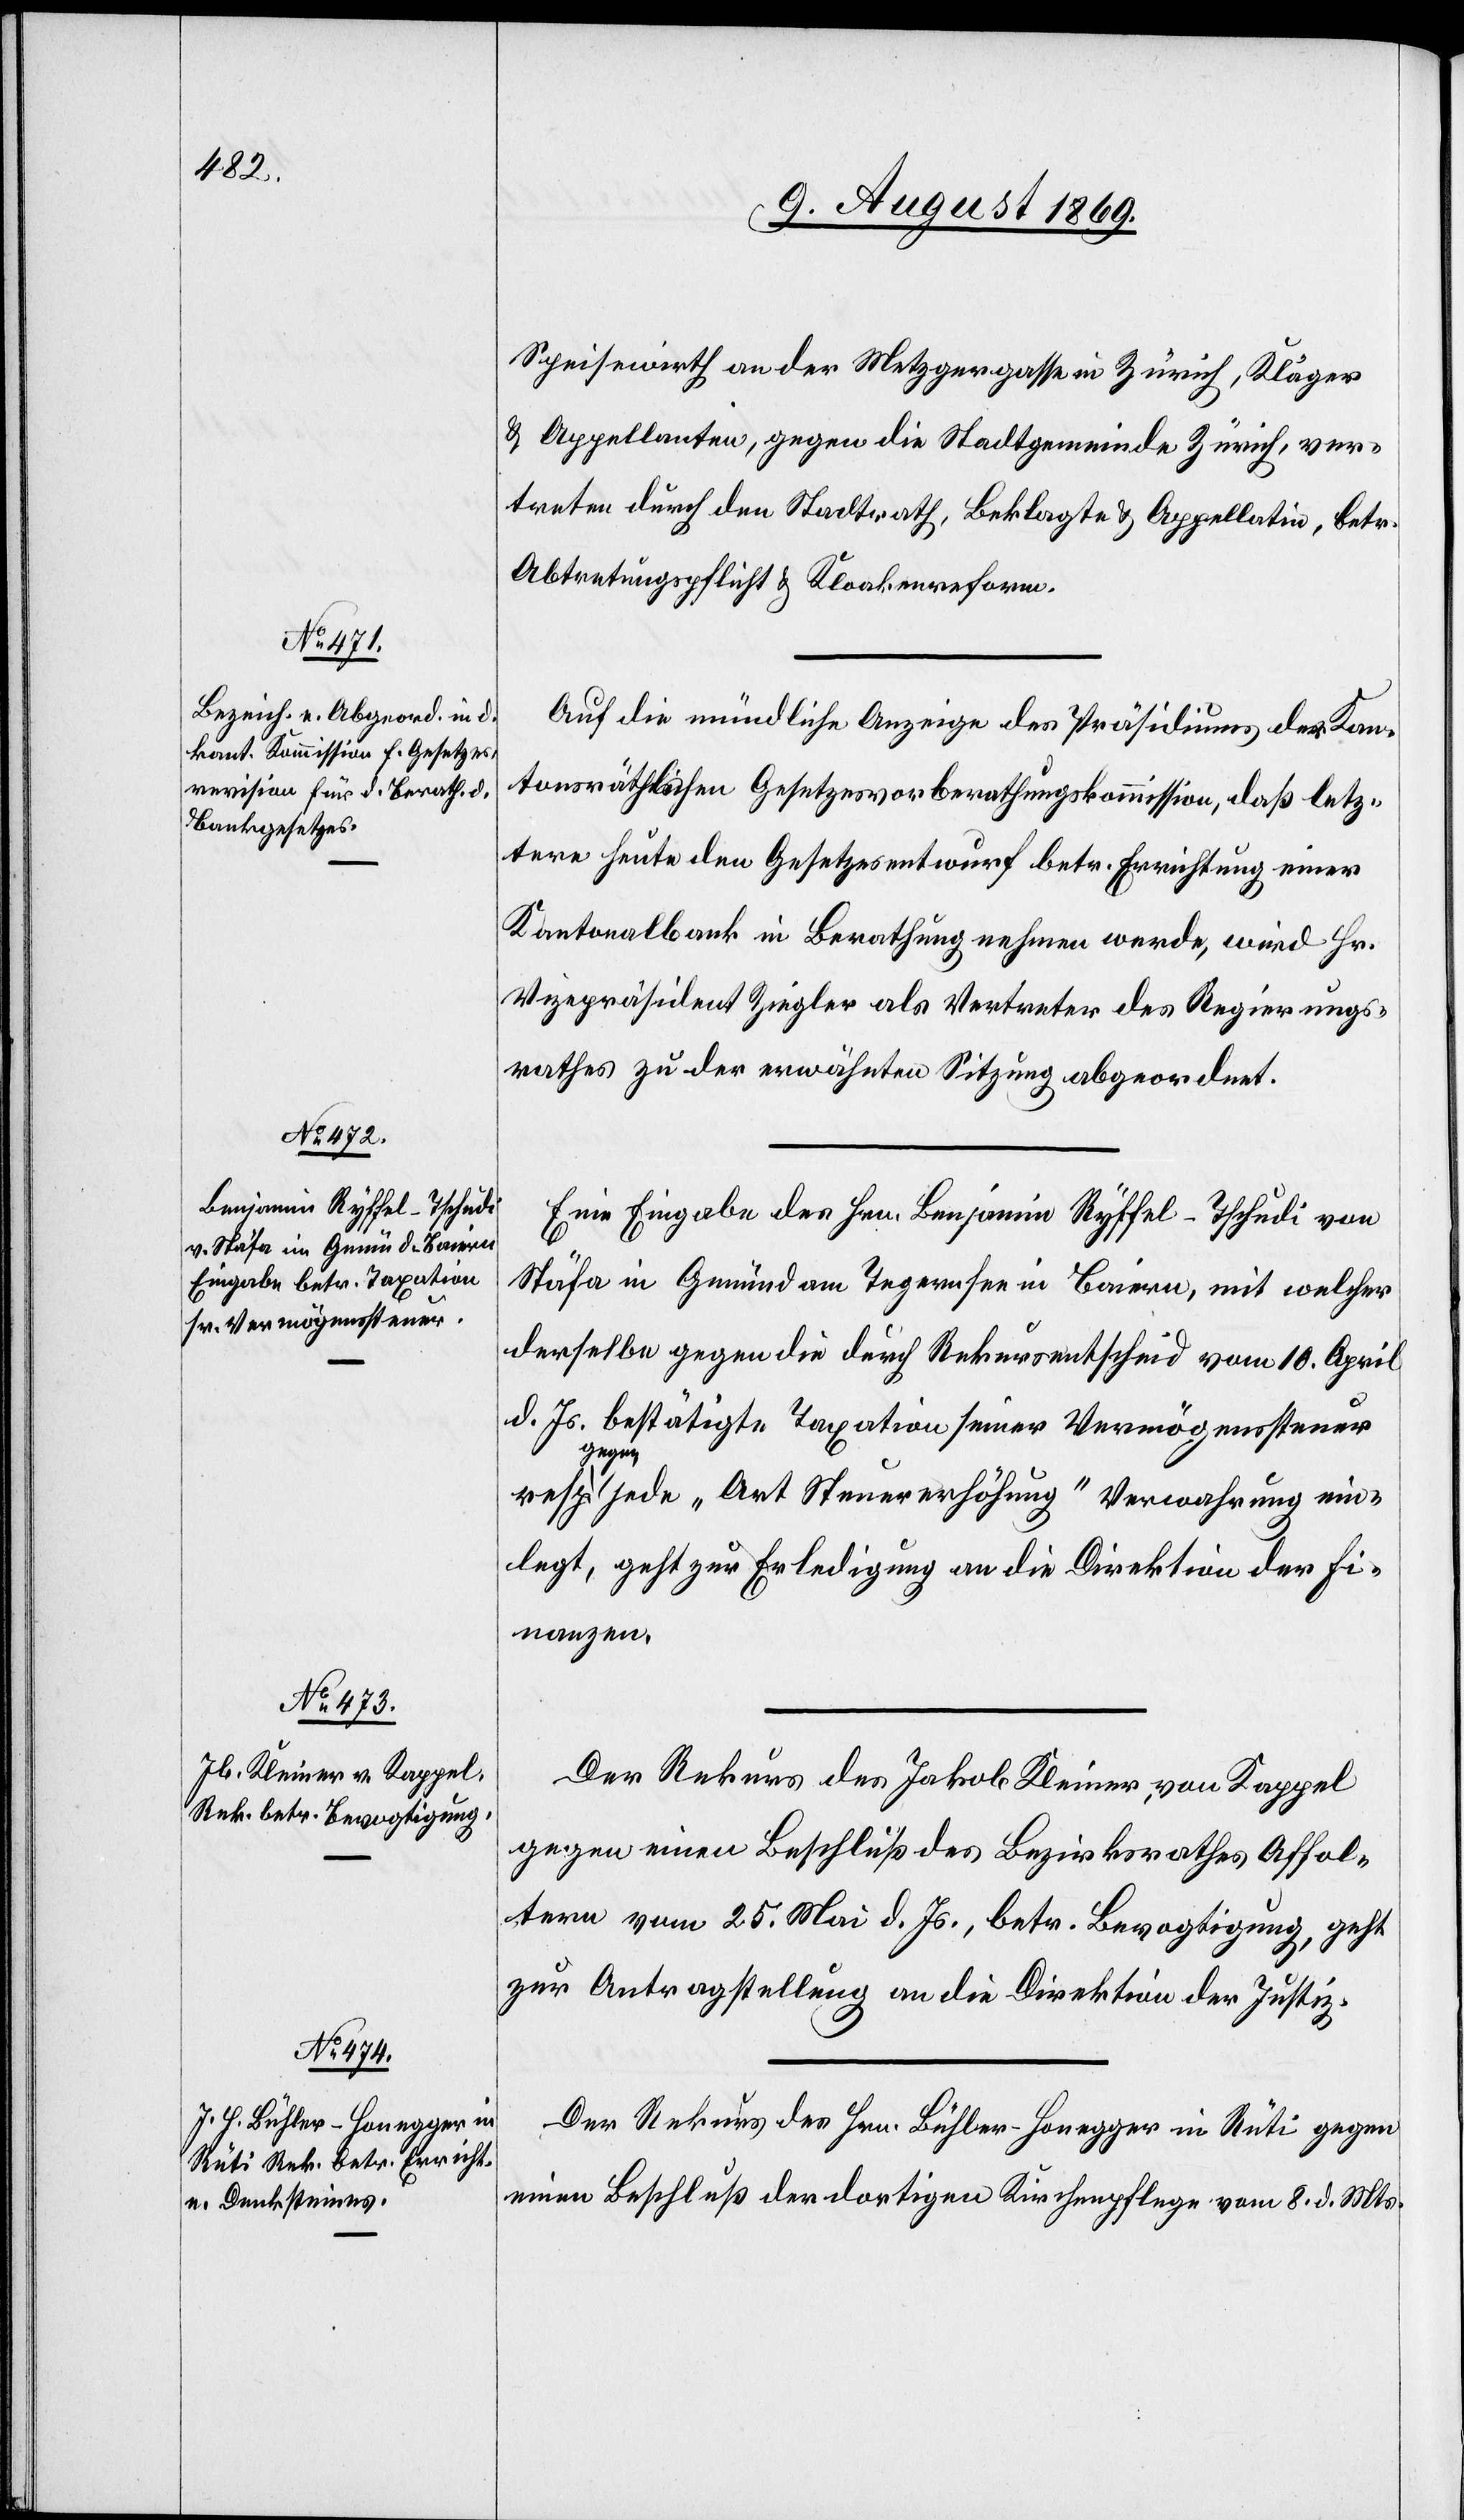
12. August 1869.]
Speisewirth an der Metzgergasse in Zürich, Kläger
& Appellanten, gegen die Stadtgemeinde Zürich, ver¬
treten durch den Stadtrath, Beklagte & Appellatin, betr.
Abtretungspflicht & Kloakenreform.
Auf die mündliche Anzeige des Präsidiums der Kan¬
tonsräthlichen Gesetzesvorberathungskommission, daß letz¬
tere heute den Gesetzesentwurf betr. Errichtung einer
Kantonalbank in Berathung nehmen werde, wird Hr.
Vizepräsident Ziegler als Vertreter des Regierungs¬
rathes zu der erwähnten Sitzung abgeordnet.
Eine Eingabe des Hrn. Benjamin Ryffel-Tschudi von
Stäfa in Gmünd am Tegernsee in Baiern, mit welcher
derselbe gegen die durch Rekursentscheid vom 10. April
d. Js. bestätigte Taxation seiner Vermögenssteuer
geg¬
en jede „Art Steuererhöhung“ Verwahrung ein¬
legt, geht zur Erledigung an die Direktion der Fi¬
nanzen.
Der Rekurs des Jakob Kleiner, von Kappel
gegen einen Beschluß des Bezirksrathes Affol¬
tern vom 25. Mai d. Js., betr. Bevogtigung, geht
zur Antragstellung an die Direktion der Justiz.
Der Rekurs des Hrn. Bühler-Honegger in Rüti gegen
einen Beschluß der dortigen Kirchenpflege vom 8. d. Mts.